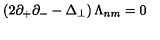
\left( 2 \partial _ { + } \partial _ { - } - \Delta _ { \perp } \right) \Lambda _ { n m } = 0